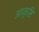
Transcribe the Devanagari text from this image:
आकृष्टि